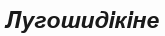
Лугошидікіне